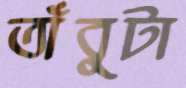
তাঁবুটা